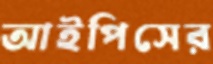
আইপিসের